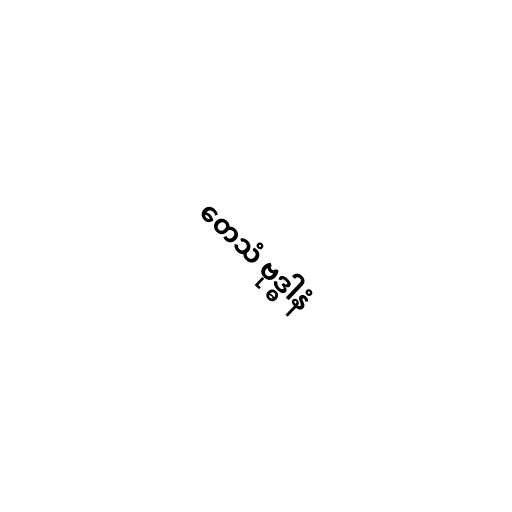
တေသံ ဗုဒ္ဓါနံ